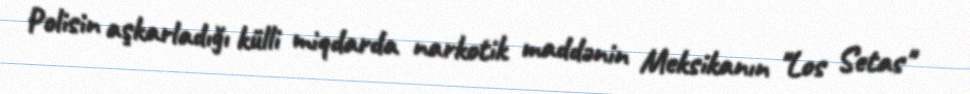
Polisin aşkarladığı külli miqdarda narkotik maddənin Meksikanın "Los Setas"